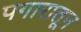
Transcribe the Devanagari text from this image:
पगारातून